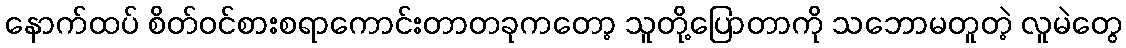
နောက်ထပ် စိတ်ဝင်စားစရာကောင်းတာတခုကတော့ သူတို့ပြောတာကို သဘောမတူတဲ့ လူမဲတွေ